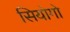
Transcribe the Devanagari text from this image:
सियोगो